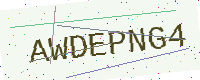
Text: AWDEPNG4